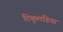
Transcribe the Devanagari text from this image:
टिकुलहिया